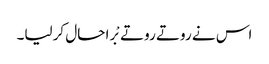
اس نے روتے روتے بْرا حال کرلیا۔